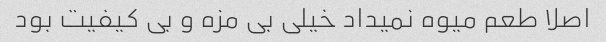
اصلا طعم میوه نمیداد خیلی بی مزه و بی کیفیت بود